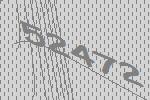
52472